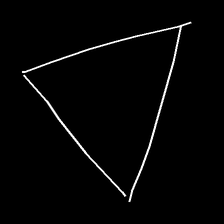
Glyph: convergence